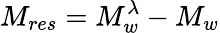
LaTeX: M_{res}=M_{w}^{\lambda}-M_{w}